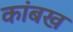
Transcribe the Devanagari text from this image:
कांबख